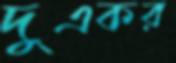
দুএকর